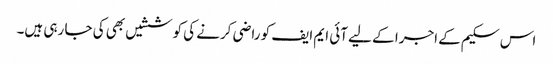
اس سکیم کے اجرا کے لیے آئی ایم ایف کو راضی کرنے کی کوششیں بھی کی جا رہی ہیں۔